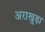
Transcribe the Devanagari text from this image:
अराखुड़ा